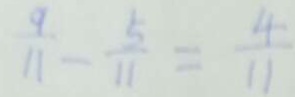
\frac { 9 } { 1 1 } - \frac { 5 } { 1 1 } = \frac { 4 } { 1 1 }